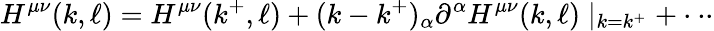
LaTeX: H^{\mu\nu}(k,\ell)=H^{\mu\nu}(k^{+},\ell)+(k-k^{+})_{\alpha}\partial^{\alpha}H^{\mu\nu}(k,\ell)\mid_{k=k^{+}}+\cdot\cdot\cdot